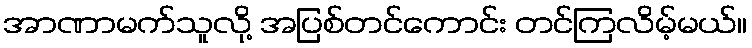
အာဏာမက်သူလို့ အပြစ်တင်ကောင်း တင်ကြလိမ့်မယ်။